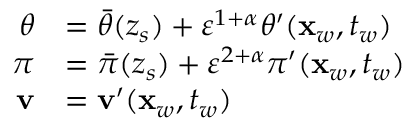
\begin{array} { r l } { \theta } & { = \bar { \theta } ( z _ { s } ) + { \varepsilon } ^ { 1 + \alpha } \theta ^ { \prime } ( \mathbf { x } _ { w } , t _ { w } ) } \\ { \pi } & { = \bar { \pi } ( z _ { s } ) + { \varepsilon } ^ { 2 + \alpha } \pi ^ { \prime } ( \mathbf { x } _ { w } , t _ { w } ) } \\ { \mathbf { v } } & { = \mathbf { v } ^ { \prime } ( \mathbf { x } _ { w } , t _ { w } ) } \end{array}